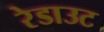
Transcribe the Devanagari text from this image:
रेडाउट